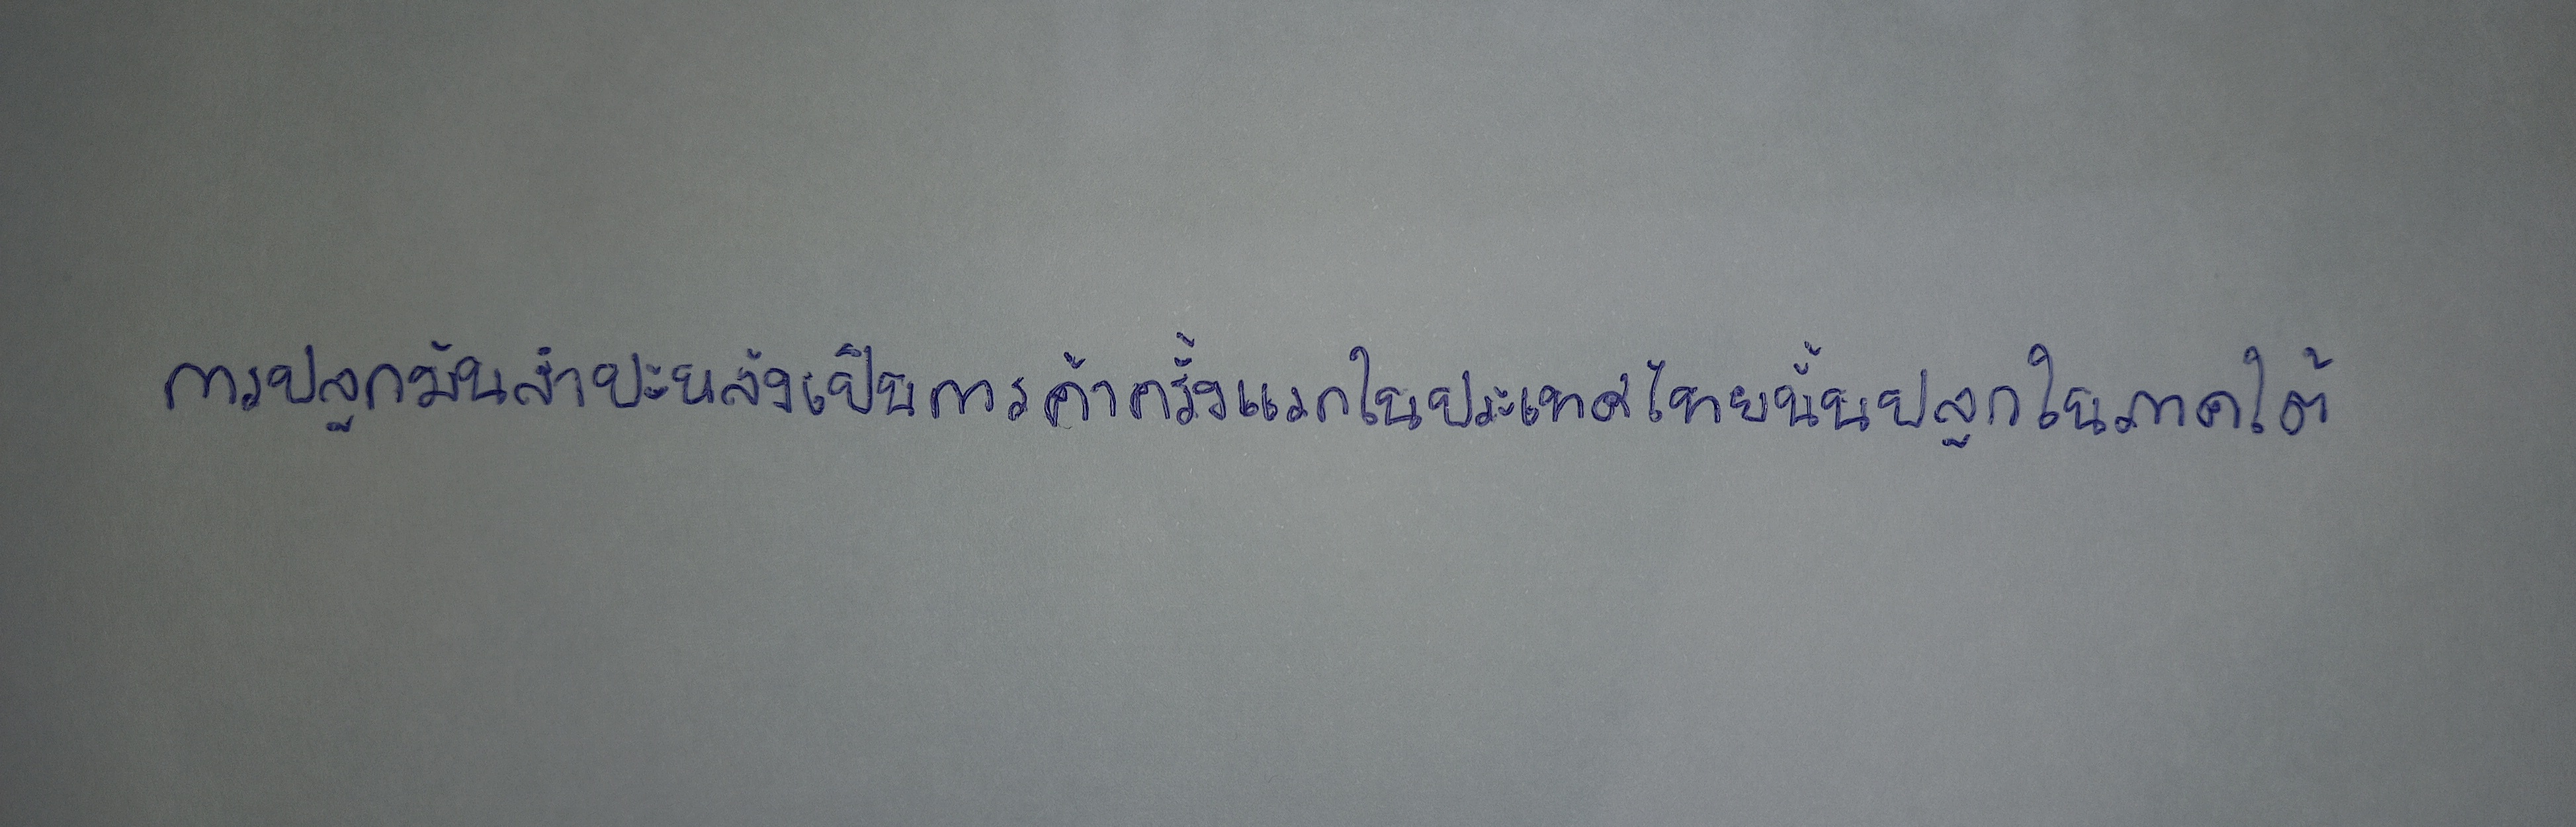
การปลูกมันสำปะหลังเป็นการค้าครั้งแรกในประเทศไทยนั้นปลูกในภาคใต้